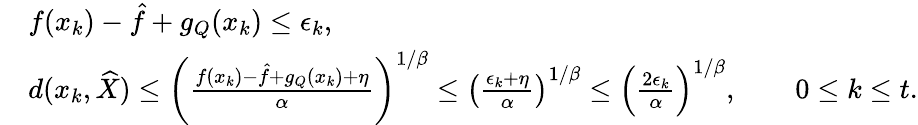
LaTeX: \begin{array}{rl}&{f(x_{k})-\hat{f}+g_{Q}(x_{k})\leq\epsilon_{k},}\\ &{d(x_{k},\widehat{X})\leq\left(\frac{f(x_{k})-\hat{f}+g_{Q}(x_{k})+\eta}{\alpha}\right)^{1/\beta}\leq\left(\frac{\epsilon_{k}+\eta}{\alpha}\right)^{1/\beta}\leq\left(\frac{2\epsilon_{k}}{\alpha}\right)^{1/\beta},\qquad 0\leq k\leq t.}\end{array}